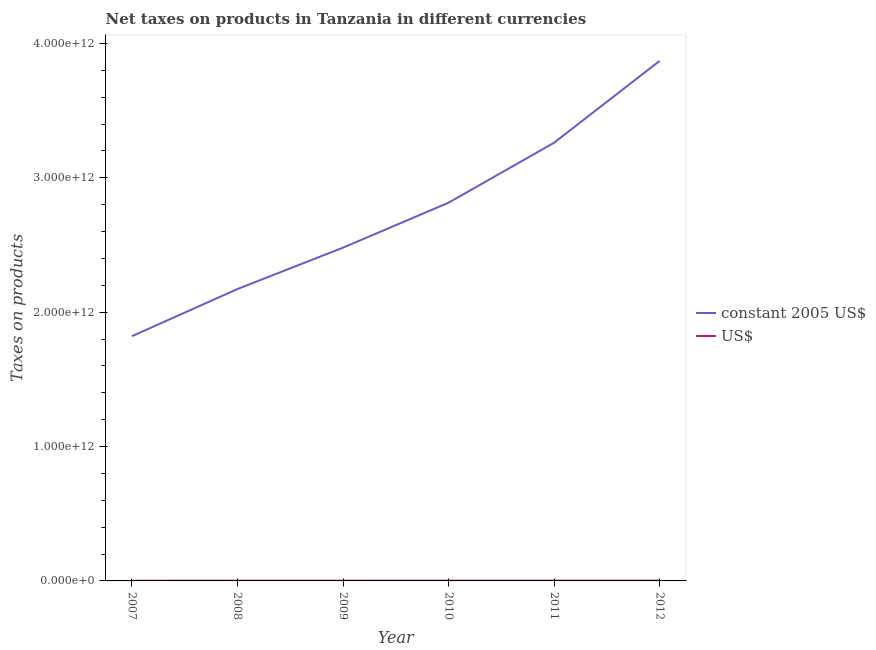
| Year | constant 2005 US$ | US$ |
 | --- | --- | --- |
 | 2007 | 1.82e+12 | 1.46e+09 |
 | 2008 | 2.17e+12 | 1.81e+09 |
 | 2009 | 2.48e+12 | 1.88e+09 |
 | 2010 | 2.82e+12 | 2.02e+09 |
 | 2011 | 3.26e+12 | 2.09e+09 |
 | 2012 | 3.87e+12 | 2.46e+09 |